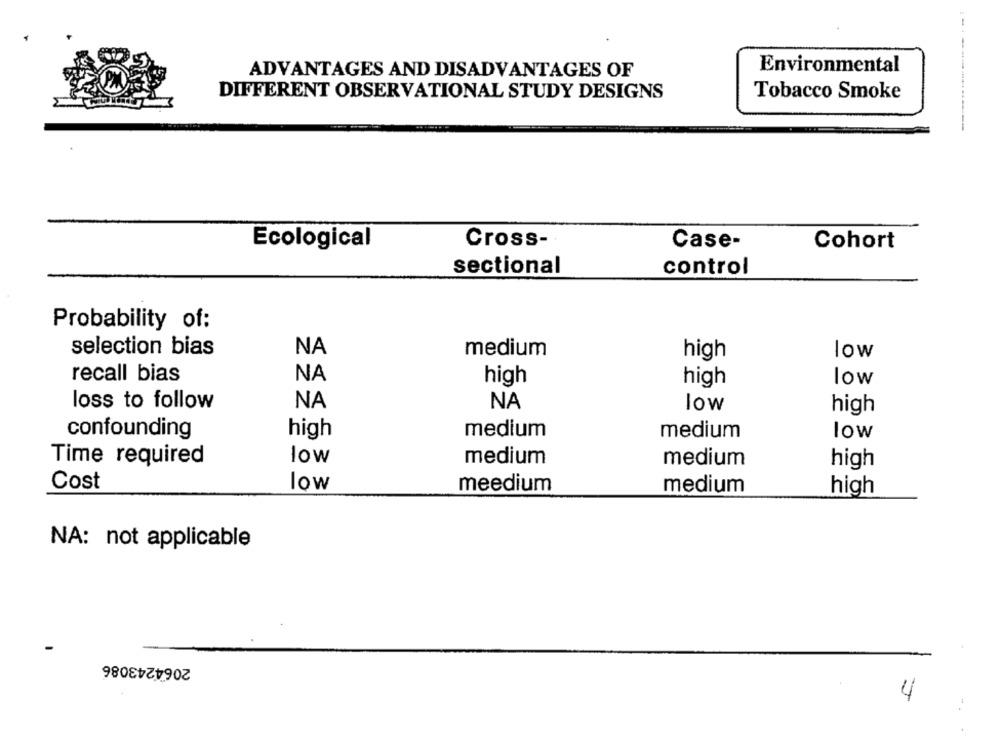
ADVANTAGES AND DISADVANTAGES OF
Environmental
DIFFERENT OBSERVATIONAL STUDY DESIGNS
Tobacco Smoke
Ecological
Cross-
Case-
Cohort
sectional
control
Probability of:
selection bias
NA
medium
high
low
recall bias
NA
high
high
low
loss to follow
NA
NA
low
high
confounding
high
medium
medium
low
low
medium
Time required
medium
high
Cost
low
meedium
medium
high
NA: not applicable
2064243086
4